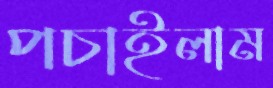
পচাইলাম